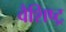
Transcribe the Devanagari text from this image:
वैशिष्ट्र